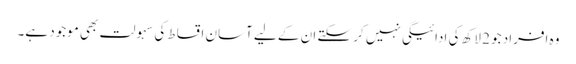
وہ افراد جو 2 لاکھ کی ادائیگی نہیں کر سکتے ان کے لیے آسان اقساط کی سہولت بھی موجود ہے۔